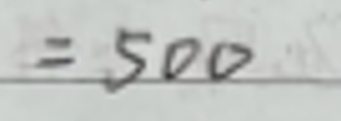
\[= 500\]